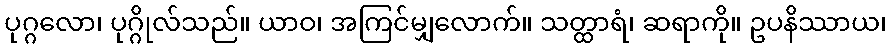
ပုဂ္ဂလော၊ ပုဂ္ဂိုလ်သည်။ ယာဝ၊ အကြင်မျှလောက်။ သတ္ထာရံ၊ ဆရာကို။ ဥပနိဿာယ၊